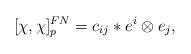
LaTeX: \begin{align*} {}[\chi, \chi]^{FN}_p = c_{ij} \ast e^i \otimes e_j,\end{align*}